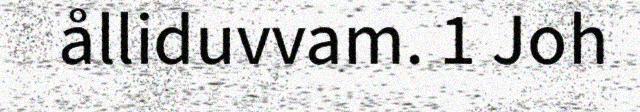
ålliduvvam. 1 Joh